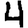
Digit: 4